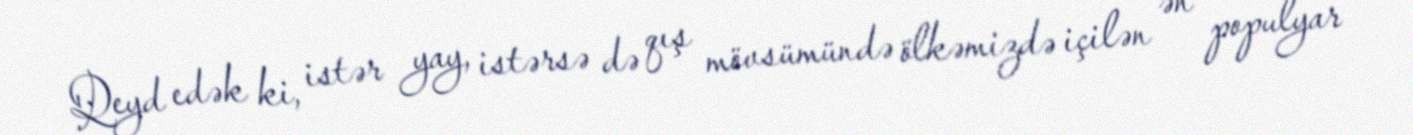
Qeyd edək ki, istər yay, istərsə də qış mövsümündə ölkəmizdə içilən ən populyar